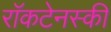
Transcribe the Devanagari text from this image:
राॅकटेनस्की